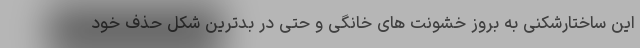
این ساختارشکنی به بروز خشونت های خانگی و حتی در بدترین شکل حذف خود